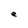
Character: e